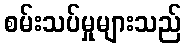
စမ်းသပ်မှုများသည်